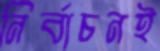
নির্বাচনই